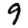
Digit: 9